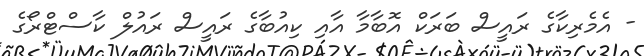
- އެމެރިކާގެ ރައީސް ބަރަކް އޮބާމާ އާއި ކިއުބާގެ ރައީސް ރައުލް ކާސްޓްރޯގެ